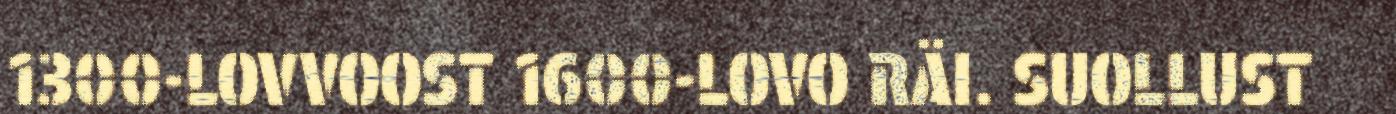
1300-LOVVOOST 1600-LOVO RÄI. SUOLLUST